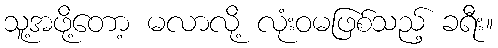
သူ့အဖို့တော့ မလာလို့ လုံးဝမဖြစ်သည့် ခရီး။